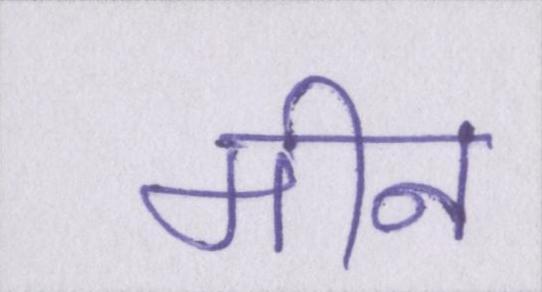
मीन